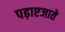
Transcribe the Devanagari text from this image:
पढ़ाएजाते